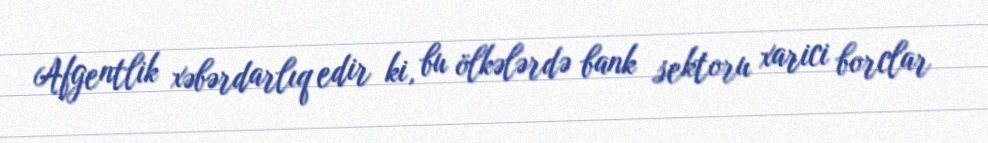
Afgentlik xəbərdarlıq edir ki, bu ölkələrdə bank sektoru xarici borclar